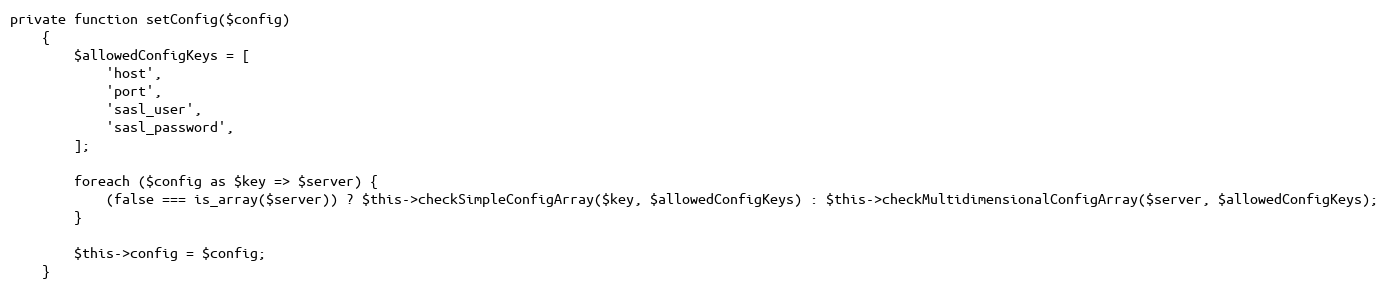
Language: PHP
private function setConfig($config)
    {
        $allowedConfigKeys = [
            'host',
            'port',
            'sasl_user',
            'sasl_password',
        ];

        foreach ($config as $key => $server) {
            (false === is_array($server)) ? $this->checkSimpleConfigArray($key, $allowedConfigKeys) : $this->checkMultidimensionalConfigArray($server, $allowedConfigKeys);
        }

        $this->config = $config;
    }